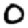
Digit: 0